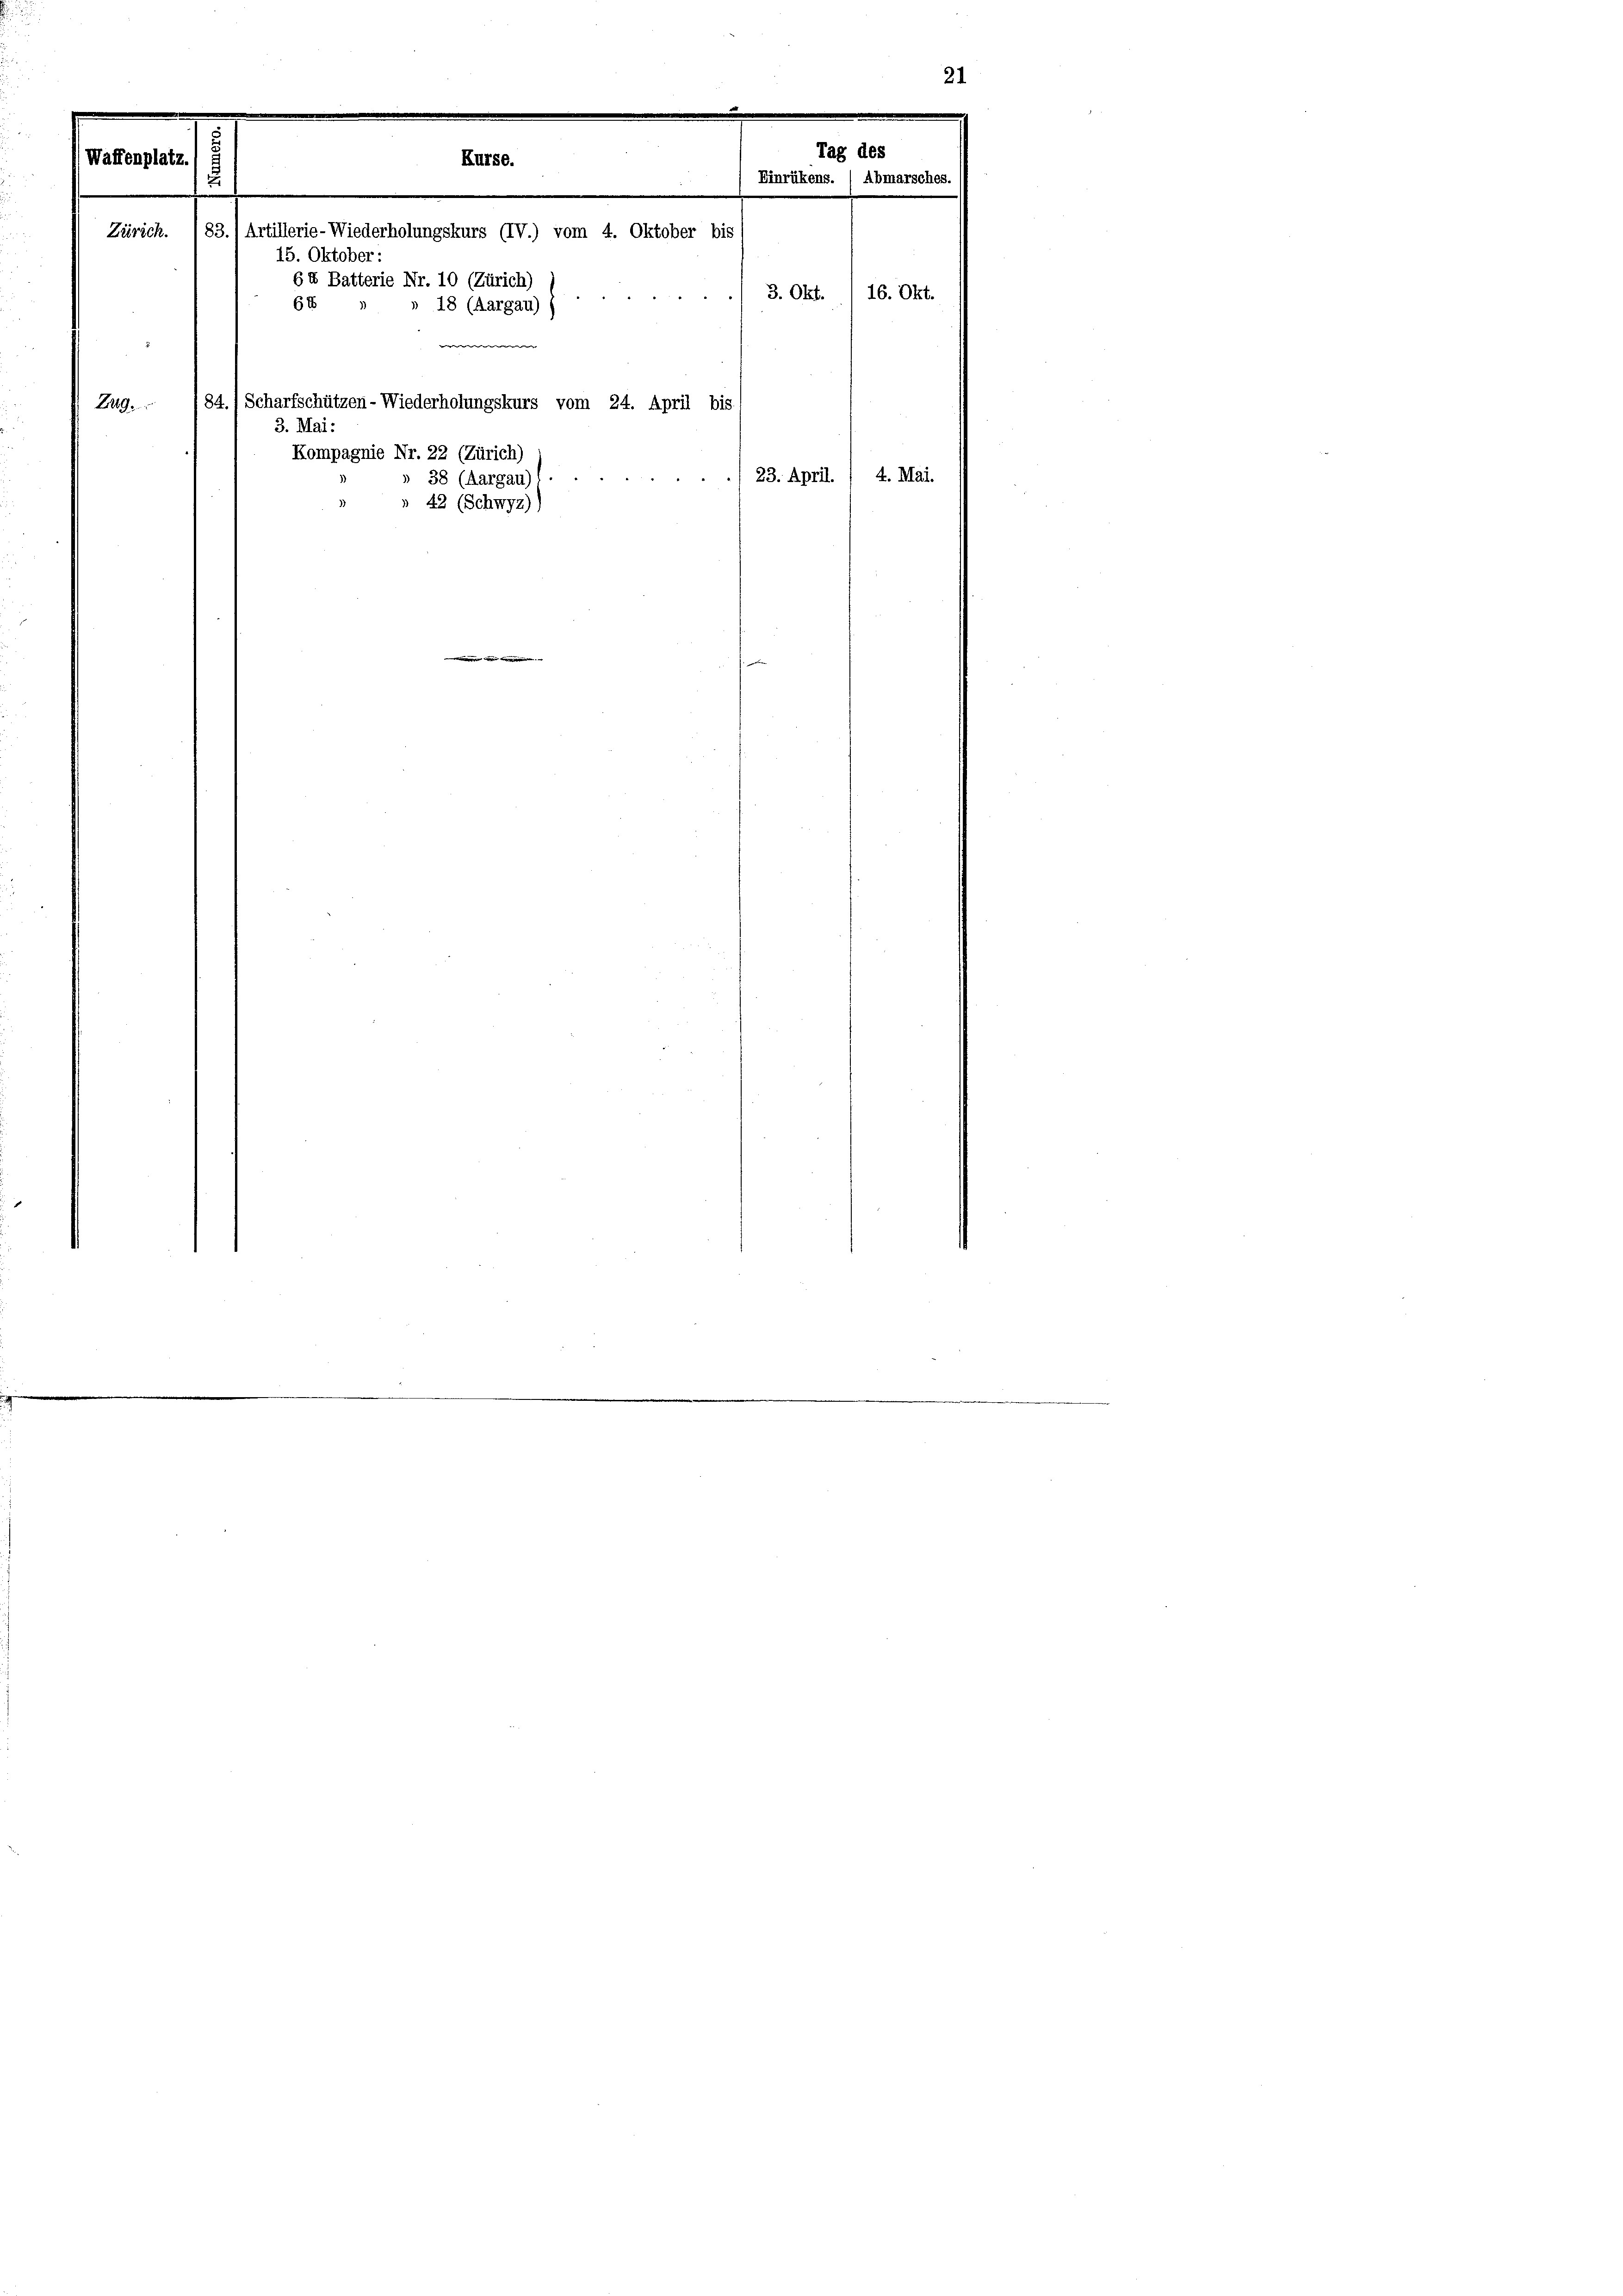
249.
i

Vaffenpl

.

Tag des
Einrükens. (Abmarsches.
Zürich. 183. / Artillerie-Wiederholungskurs (IV.) vom 4. Oktober bis
15. Oktober:
64 Batterie Nr. 10 (Zürich)
66 „ „ 18 (Aargau) )
/84. Scharfschützen- Wiederholungskurs vom 24. April bis
3. Mai:
Kompagnie Nr. 22 (Zürich)
23. April. / 4. Mai.
» 38 (Aargau
 42 (Schwyz))

Kurse.

3. Okt. 16. Okt.

21